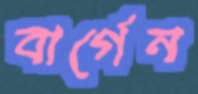
বার্গেন